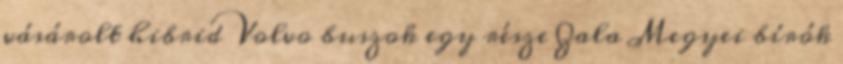
vásárolt hibrid Volvo buszok egy része Zala Megyei bírók